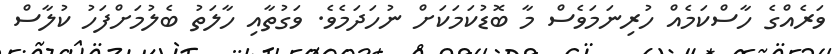
ވަރެއްގެ ހާސްކަމެއް ހުރިނަމަވެސް މާ ބޮޑުކަމަކަށް ނުހަދަމެވެ. ވަގުތާއި ހާލަތު ބެލުމަށްފަހު ކުލާސް